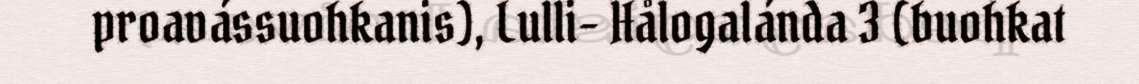
proavássuohkanis), Lulli- Hålogalánda 3 (buohkat